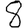
Digit: 8